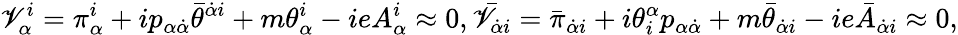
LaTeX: {\displaystyle\mathscr{V}_{\alpha}^{i}=\pi_{\alpha}^{i}+ip_{\alpha\dot{{\alpha}}}\bar{{\theta}}^{\dot{{\alpha}}i}+m\theta_{\alpha}^{i}-ieA_{\alpha}^{i}\approx0,\bar{{\mathscr{V}}}_{\dot{{\alpha}}i}=\bar{{\pi}}_{\dot{{\alpha}}i}+i\theta_{i}^{\alpha}p_{\alpha\dot{{\alpha}}}+m\bar{{\theta}}_{\dot{{\alpha}}i}-ie\bar{{A}}_{\dot{{\alpha}}i}\approx0,}